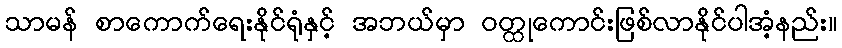
သာမန် စာကောက်ရေးနိုင်ရုံနှင့် အဘယ်မှာ ဝတ္ထုကောင်းဖြစ်လာနိုင်ပါအံ့နည်း။